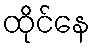
ထိုင်နေ